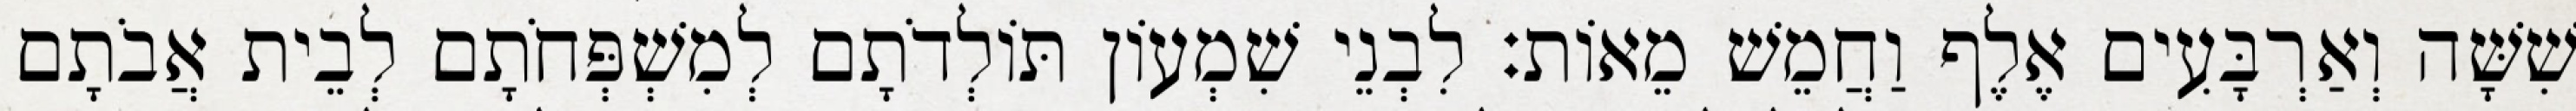
שִׁשָּׁה וְאַרְבָּעִים אֶלֶף וַחֲמֵשׁ מֵאוֹת׃ לִבְנֵי שִׁמְעוֹן תּוֹלְדֹתָם לְמִשְׁפְּחֹתָם לְבֵית אֲבֹתָם